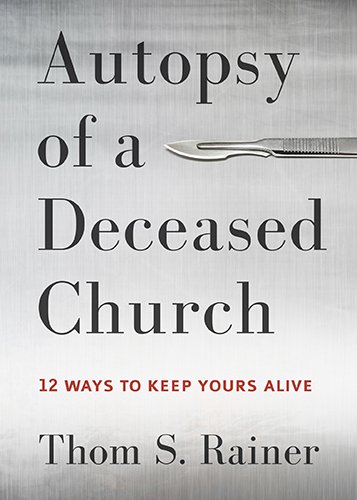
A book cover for Autopsy of a Deceased Church: 12 Ways to Keep Yours Alive; Thom S. Rainer; Christian Books & Bibles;